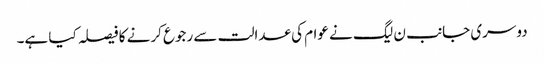
دوسری جانب ن لیگ نے عوام کی عدالت سے رجوع کرنے کا فیصلہ کیا ہے۔